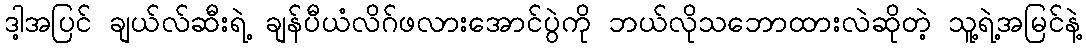
ဒါ့အပြင် ချယ်လ်ဆီးရဲ့ ချန်ပီယံလိဂ်ဖလားအောင်ပွဲကို ဘယ်လိုသဘောထားလဲဆိုတဲ့ သူ့ရဲ့အမြင်နဲ့